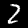
Label: 2